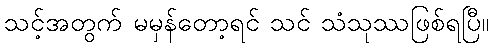
သင့်အတွက် မမှန်တော့ရင် သင် သံသုဿဖြစ်ရပြီ။